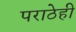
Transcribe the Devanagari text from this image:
पराठेही